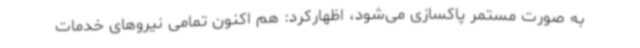
به صورت مستمر پاکسازی می‌شود، اظهارکرد: هم اکنون تمامی نیروهای خدمات